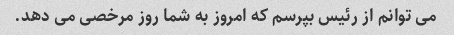
می توانم از رئیس بپرسم که امروز به شما روز مرخصی می دهد.